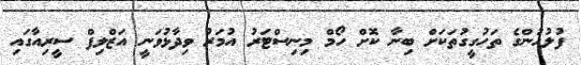
ފުލުހުންގެ ތަހުގީގުތަކަށް ބިނާ ކޮށް ހޯމް މިނިސްޓަރު އުމަރު ވިދާޅުވަނީ އަޒްލިފް ސީރިއާގައި